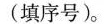
___(填序号)。